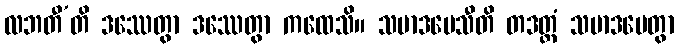
လဘတီ’တိ ဒဿေတွာ ဒဿေတွာ ကထေသိ။ သမာဒပေသီတိ တဒတ္ထံ သမာဒပေတွာ